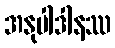
အနုပါဒါနဿ